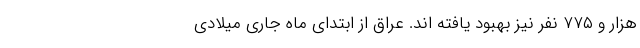
هزار و ۷۷۵ نفر نیز بهبود یافته اند. عراق از ابتدای ماه جاری میلادی